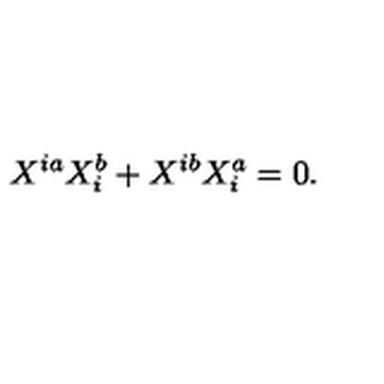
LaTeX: X ^ { i a } X _ { i } ^ { b } + X ^ { i b } X _ { i } ^ { a } = 0 .